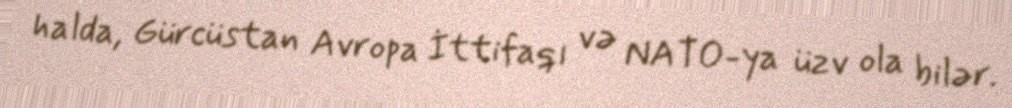
halda, Gürcüstan Avropa İttifaqı və NATO-ya üzv ola bilər.